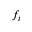
f _ { i }